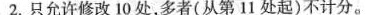
2.只允许修改 10 处，多者(从第 11 处起)不计分。